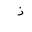
Letter: _thal